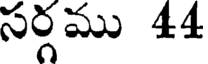
సర్గము 44